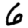
Digit: 6